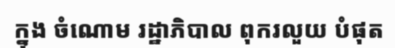
ក្នុង ចំណោម រដ្ឋាភិបាល ពុករលួយ បំផុត